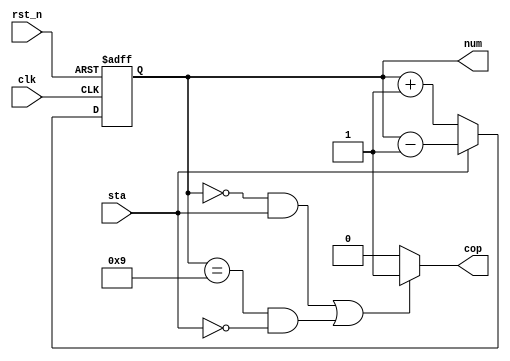
module counter_4bit2(num, clk, rst_n,cop,sta);
	output [3:0] num;
	output cop;
	input clk, rst_n, sta;
	wire [3:0] next_num,next_numm;
	reg [3:0] num;

	assign next_num=num+1;
	assign next_numm=num-1;
	assign cop=((num==4'b0000 && sta==1)||(num==4'b1001 && sta==0))?1:0;

	always @ (posedge clk,negedge rst_n)
	begin
		if(!rst_n)begin
			num<=4'b0000;
		end else if(sta==0)begin
			num<=next_num;
		end else if(sta==1)begin
			num<=next_numm;
		end 
		
	end


	

endmodule